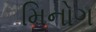
મિનોગ